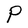
Character: P